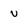
Character: v